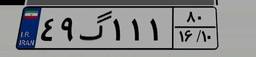
۳۶گ۹۲۸۹۲